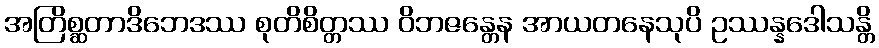
အတြိစ္ဆတာဒိဘေဒဿ စုတိစိတ္တဿ ဝိဘဇန္တေန အာယတနေသုပိ ဥဿန္နဒေါသန္တိ